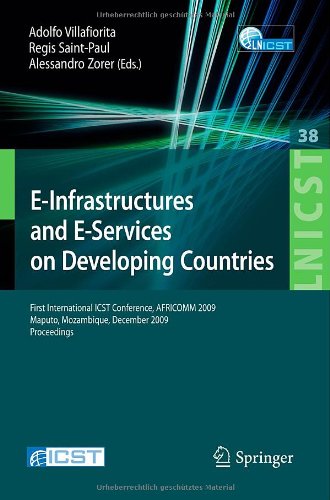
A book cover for E-Infrastructures and E-Services on Developing Countries: First International ICST Conference, AFRICOM 2009, Maputo, Mozambique, December 3-4, 2009, ... and Telecommunications Engineering); Travel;